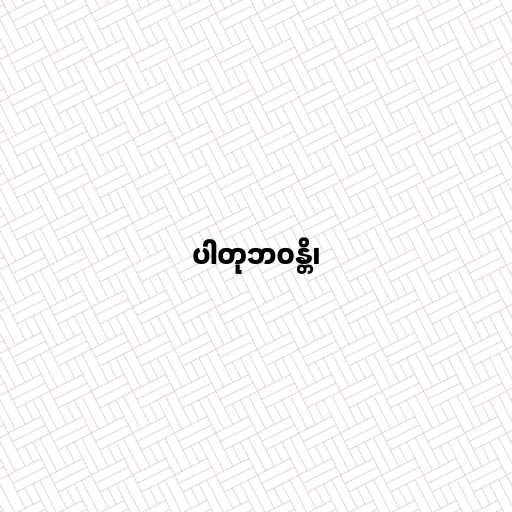
ပါတုဘဝန္တိ၊